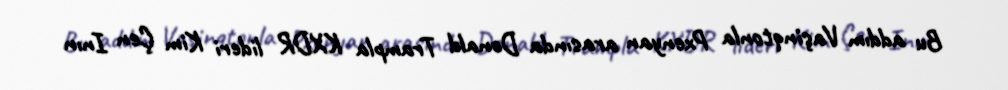
Bu addım Vaşinqtonla Pxenyan arasında Donald Trampla KXDR lideri Kim Çen Inın